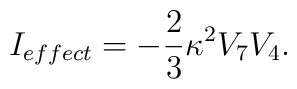
I_{effect} = - \frac{2}{3} \kappa^2 V_7V_4.